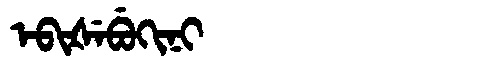
Manchu: ᡝᠪᡳᡧᡝᠪᡠᡴᡳᠨᡳ
Romanization: EBIŠEBUKINI